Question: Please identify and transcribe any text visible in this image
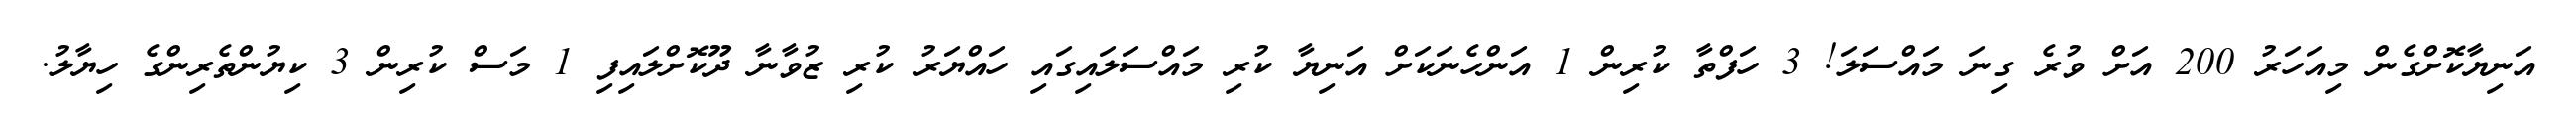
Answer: އަނިޔާކޮށްގެން މިއަހަރު 200 އަށް ވުރެ ގިނަ މައްސަލަ! 3 ހަފްތާ ކުރިން 1 އަންހެނަކަށް އަނިޔާ ކުރި މައްސަލައިގައި ހައްޔަރު ކުރި ޒުވާނާ ދޫކޮށްލައިފި 1 މަސް ކުރިން 3 ކިޔުންތެރިންގެ ހިޔާލު.